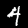
Digit: 4